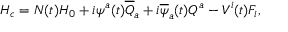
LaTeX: H _ { c } = N ( t ) H _ { 0 } + i \psi ^ { a } ( t ) \overline { { { Q } } } _ { a } + i \overline { { { \psi } } } _ { a } ( t ) Q ^ { a } - V ^ { i } ( t ) { \cal F } _ { i } ,